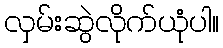
လှမ်းဆွဲလိုက်ယုံပါ။